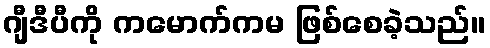
ဂျီဒီပီကို ကမောက်ကမ ဖြစ်စေခဲ့သည်။